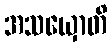
အသယှောတိ